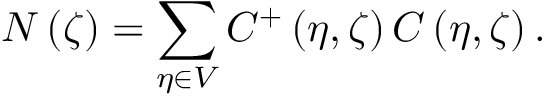
N \left( \zeta \right) = \sum _ { \eta \in V } C ^ { + } \left( \eta , \zeta \right) C \left( \eta , \zeta \right) .